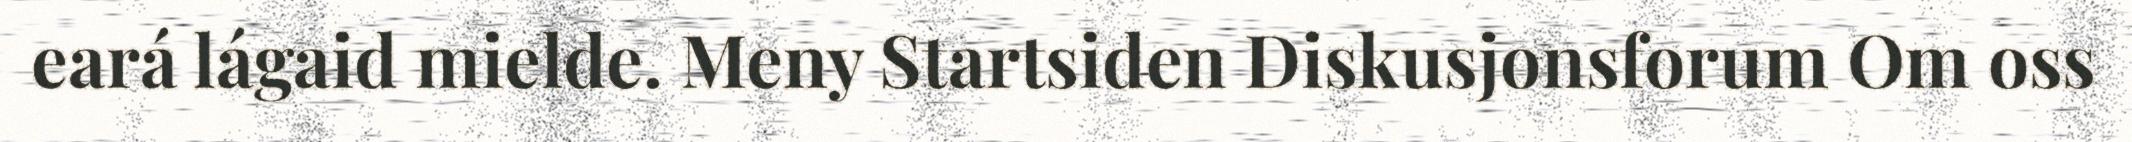
eará lágaid mielde. Meny Startsiden Diskusjonsforum Om oss